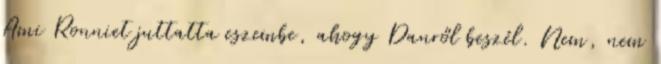
Ami Ronniet juttatta eszembe, ahogy Danről beszél. Nem, nem